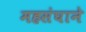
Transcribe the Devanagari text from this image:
महसंघाने